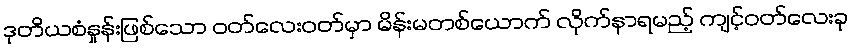
ဒုတိယစံနှုန်းဖြစ်သော ဝတ်လေးဝတ်မှာ မိန်းမတစ်ယောက် လိုက်နာရမည့် ကျင့်ဝတ်လေးခု